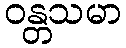
ဝန္တသမာ